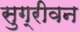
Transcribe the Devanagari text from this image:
सुग्रीवन